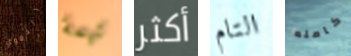
الدموي تهمة أكثر التام كامله